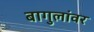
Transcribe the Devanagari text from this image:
बागुलांवर